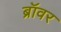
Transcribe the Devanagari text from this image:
ब्रॉवर